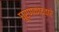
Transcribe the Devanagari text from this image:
घूर्णकाद्वारे